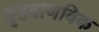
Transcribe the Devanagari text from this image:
बृहदाणविक